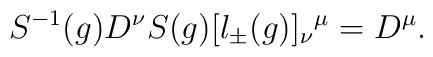
S^{-1}(g)D^{\nu}S(g)[l_{\pm}(g)]_{\nu}{}^{\mu} = D^{\mu}.